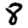
Digit: 8